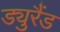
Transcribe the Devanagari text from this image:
ड्युरैंड